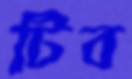
টিব